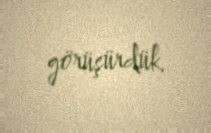
görüşürdük.